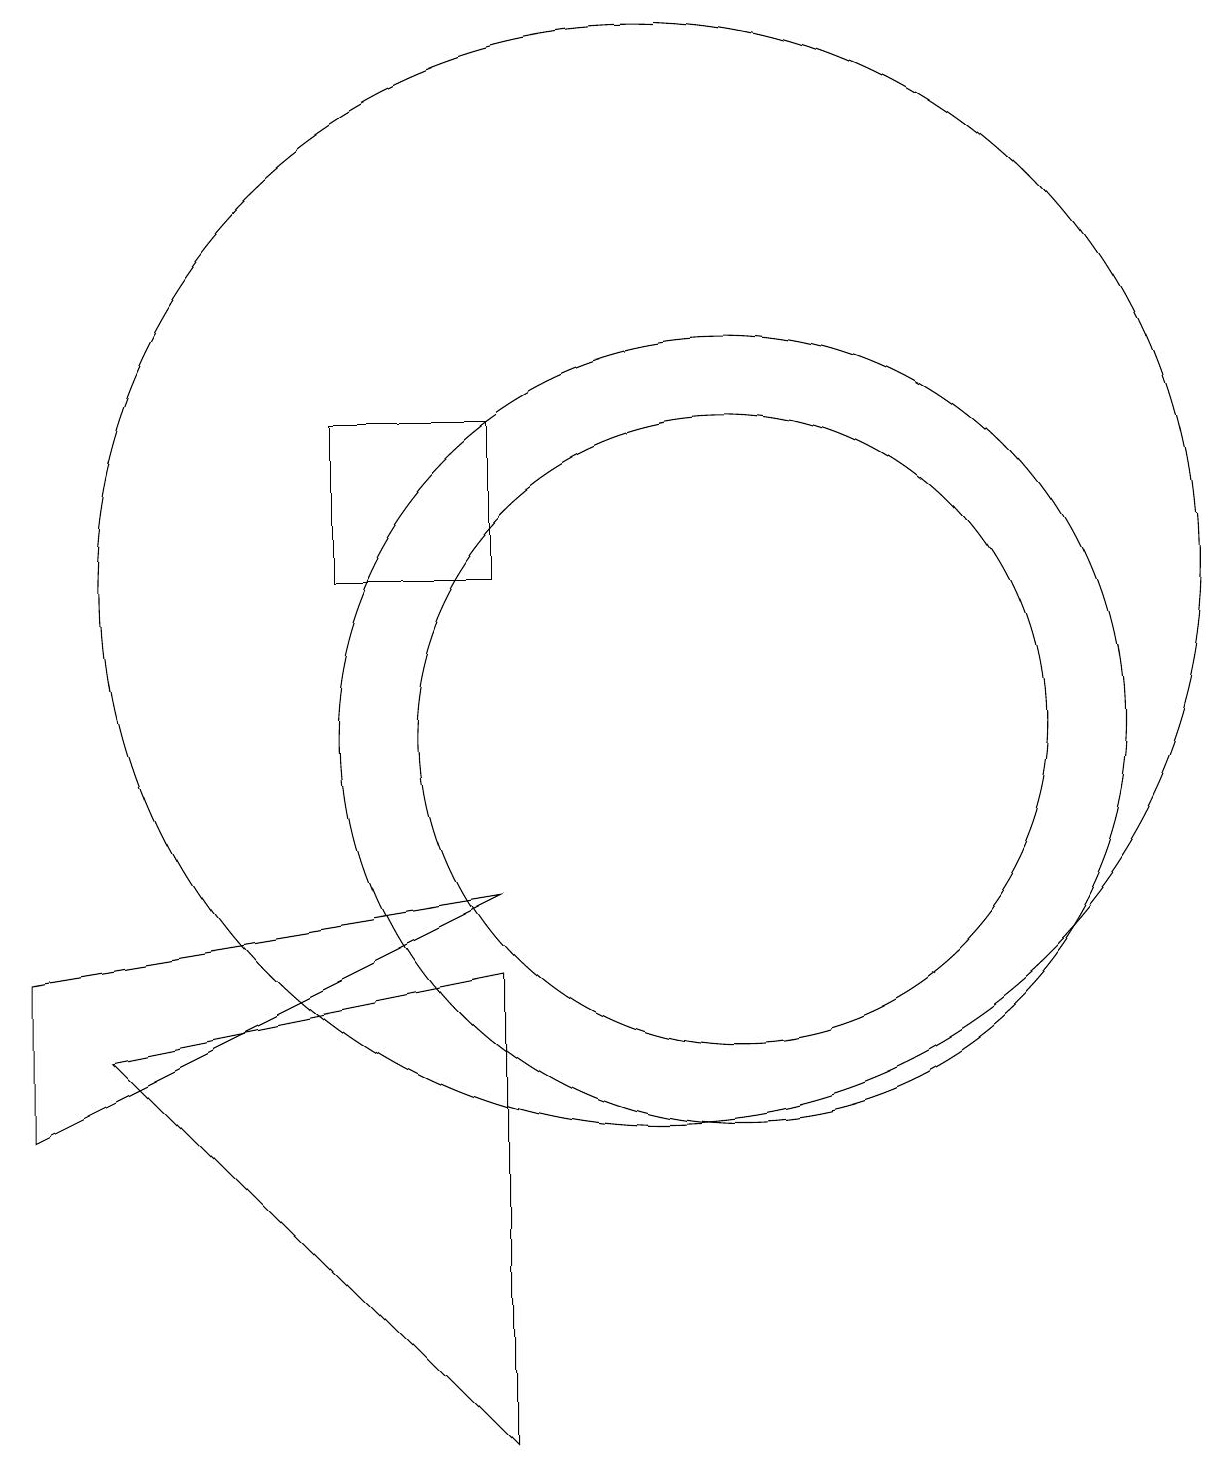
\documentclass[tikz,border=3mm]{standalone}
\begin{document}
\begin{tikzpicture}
\draw (2,7) -- (8,8) -- (2,5) -- cycle;
\draw (8,7) -- (3,6) -- (8,1) -- cycle;
\draw (10,12) circle (7);
\draw (11,10) circle (4);
\draw (6,14) rectangle (8,12);
\draw (11,10) circle (5);
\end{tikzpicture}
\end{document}